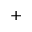
^ { + }